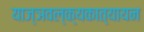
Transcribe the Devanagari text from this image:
याज्ञवल्क्यकात्यायन